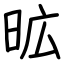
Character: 昿